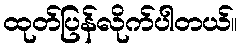
ထုတ်ပြန်လိုက်ပါတယ်။